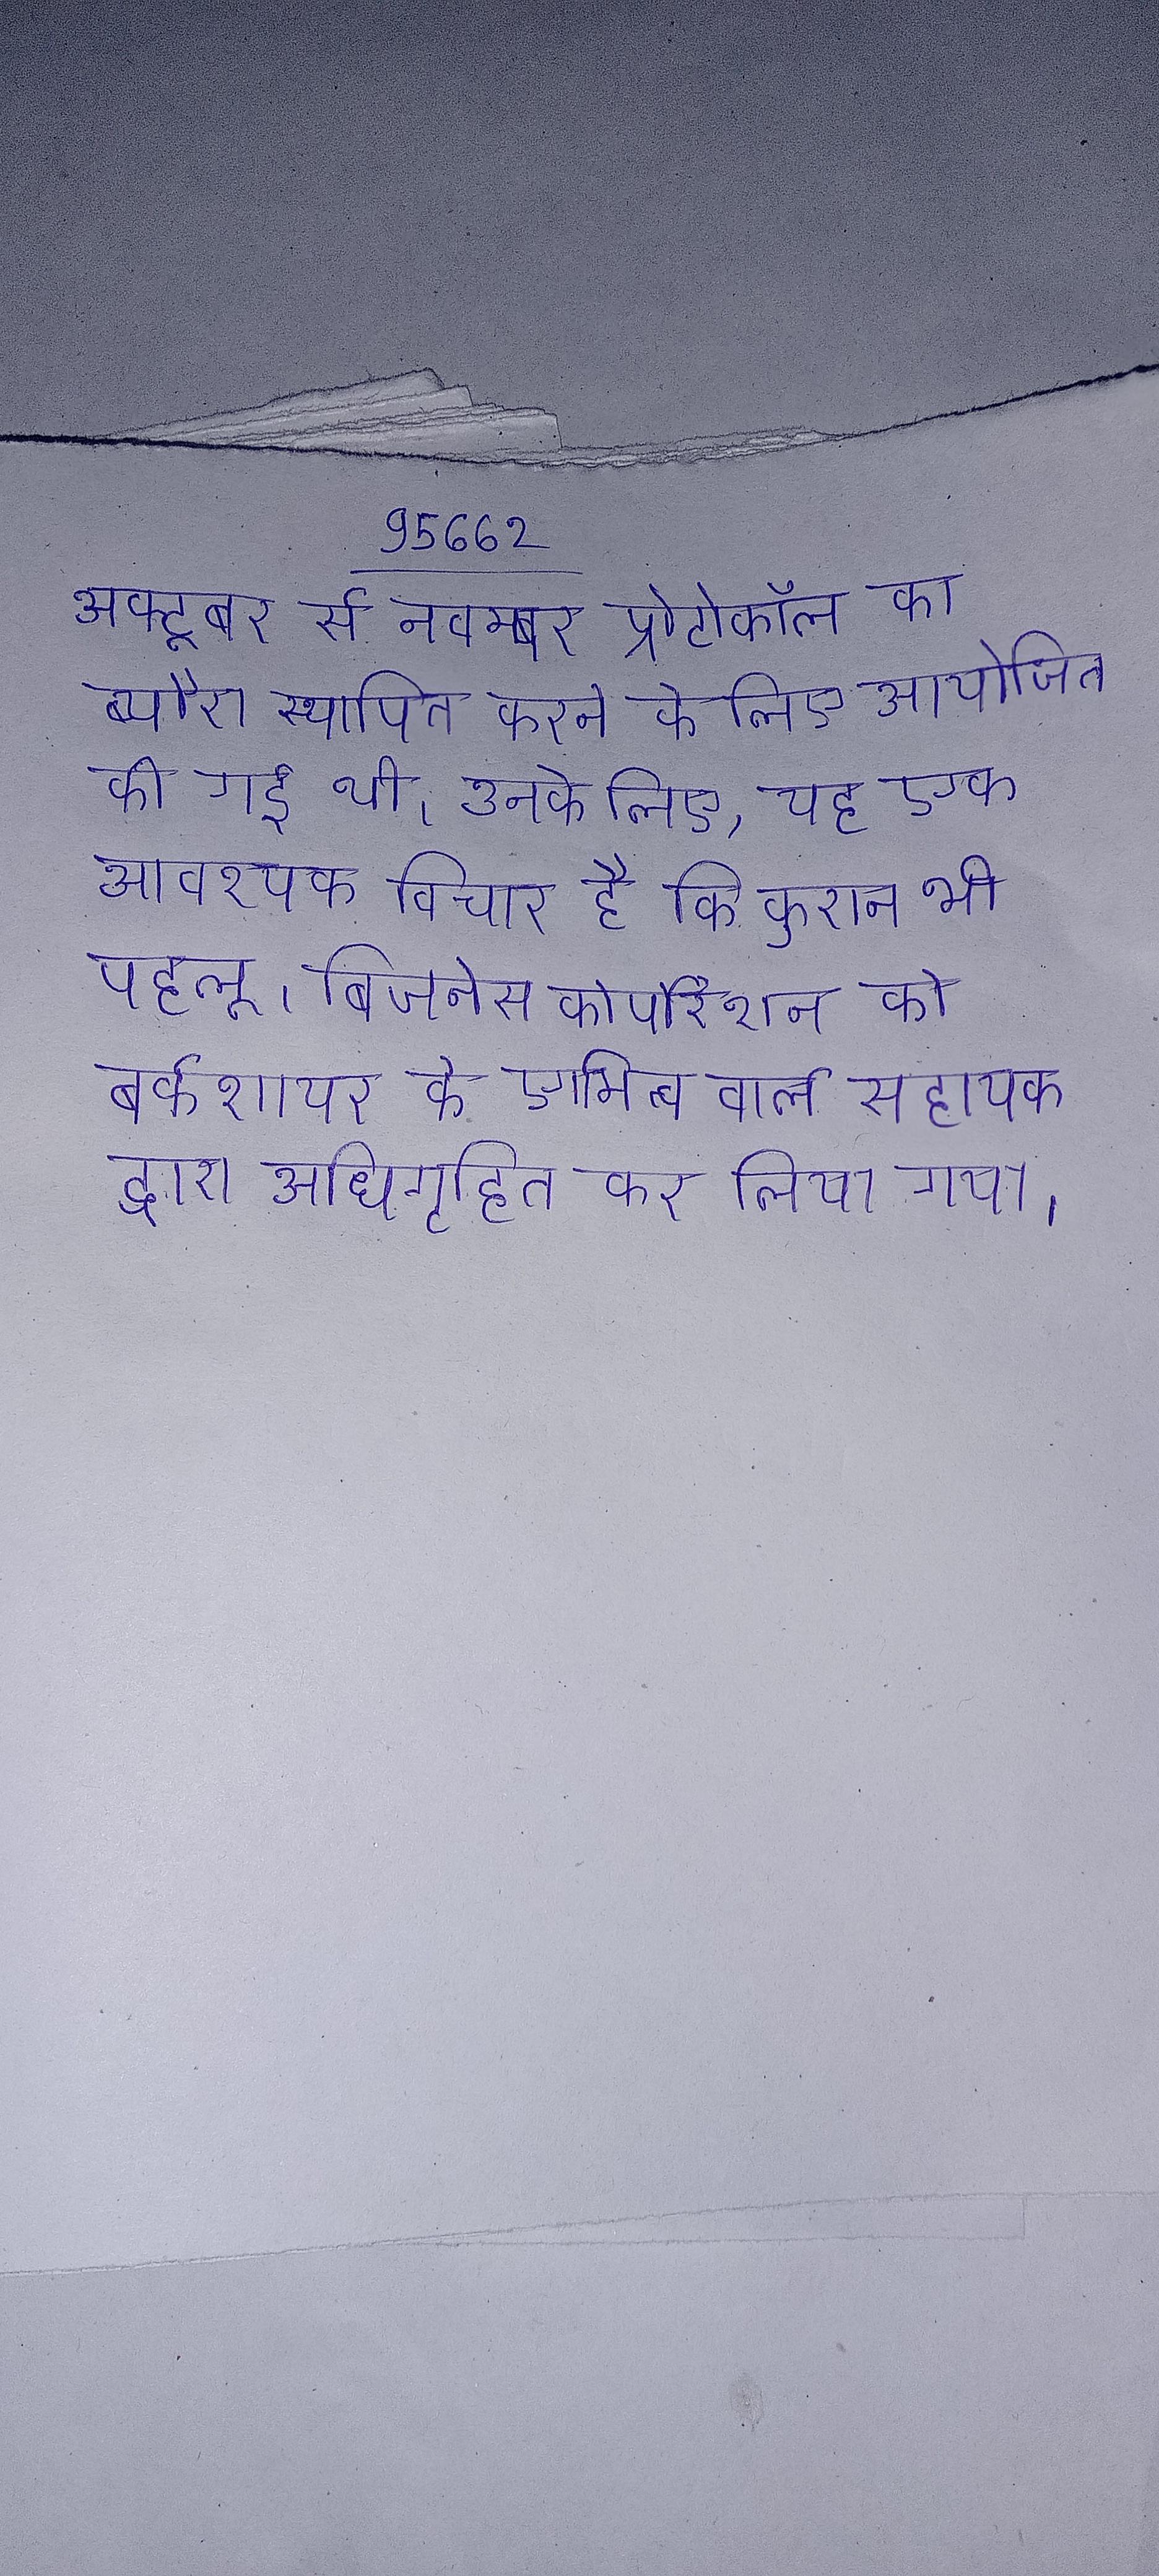
अक्टूबर से नवम्बर प्रोटोकॉल का ब्यौरा स्थापित करने के लिए आयोजित की गई थी । उनके लिए, यह एक आवश्यक विचार है कि कुरान भी पहलू । बिजनेस कोर्पोरेशन को बर्कशायर के एक स्वामित्व वाले सहायक द्वारा अधिगृहित कर लिया गया ।